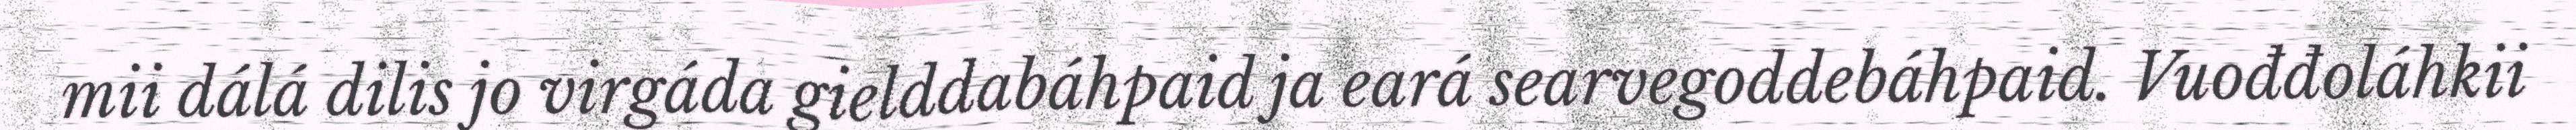
mii dálá dilis jo virgáda gielddabáhpaid ja eará searvegoddebáhpaid. Vuođđoláhkii